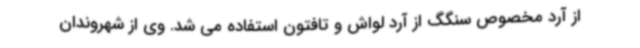
از آرد مخصوص سنگگ از آرد لواش و تافتون استفاده می شد. وی از شهروندان